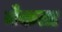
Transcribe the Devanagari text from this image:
नेकता